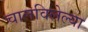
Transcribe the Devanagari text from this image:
चालविलेल्‍या